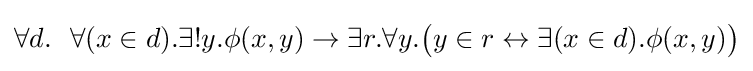
\forall d.\ \ \forall (x\in d).\exists !y.\phi (x,y)\to \exists r.\forall y.{\big (}y\in r\leftrightarrow \exists (x\in d).\phi (x,y){\big )}